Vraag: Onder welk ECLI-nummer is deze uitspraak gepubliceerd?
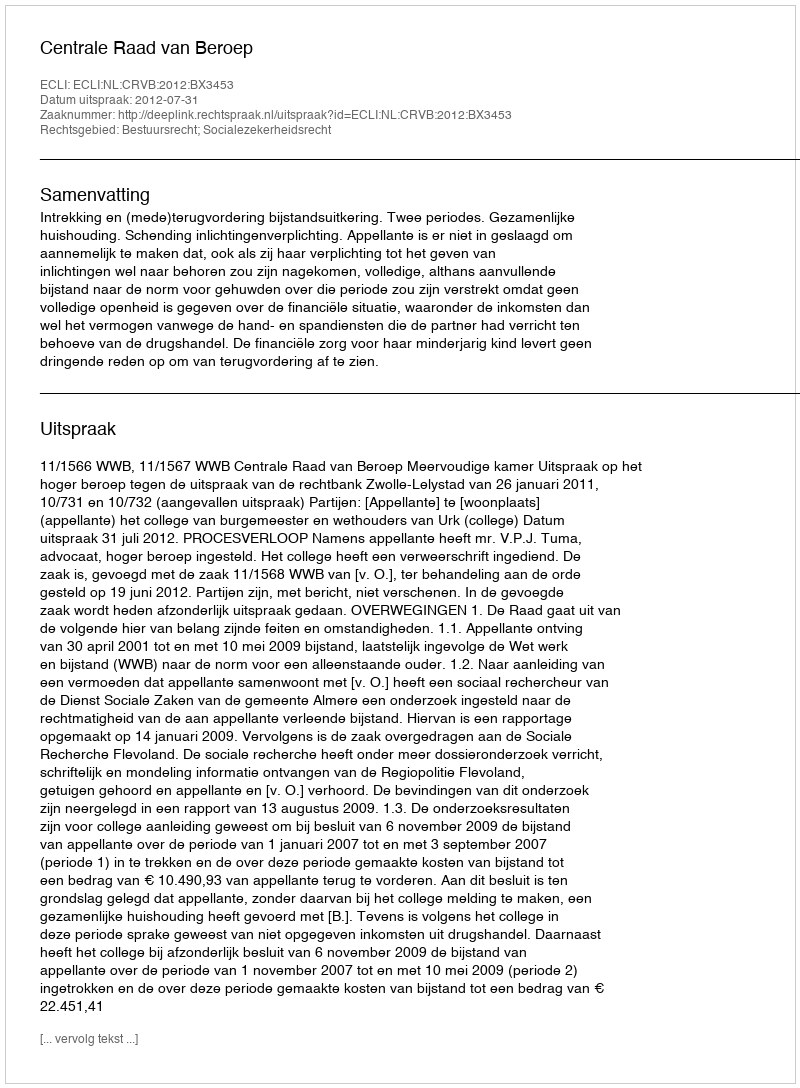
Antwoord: ECLI:NL:CRVB:2012:BX3453